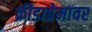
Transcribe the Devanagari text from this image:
क्रीडाप्रेमावर